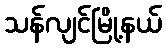
သန်လျင်မြို့နယ်